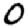
Digit: 0